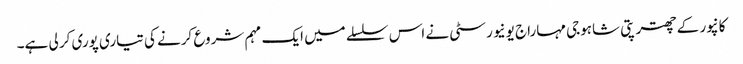
کانپور کے چھترپتی شاہوجی مہاراج یونیورسٹی نے اس سلسلے میں ایک مہم شروع کرنے کی تیاری پوری کر لی ہے۔